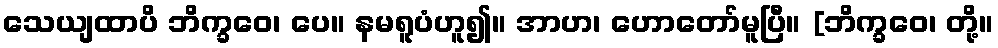
သေယျထာပိ ဘိက္ခဝေ၊ ပေ။ နမရူပံဟူ၍။ အာဟ၊ ဟောတော်မူပြီ။ [ဘိက္ခဝေ၊ တို့။